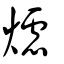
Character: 爈